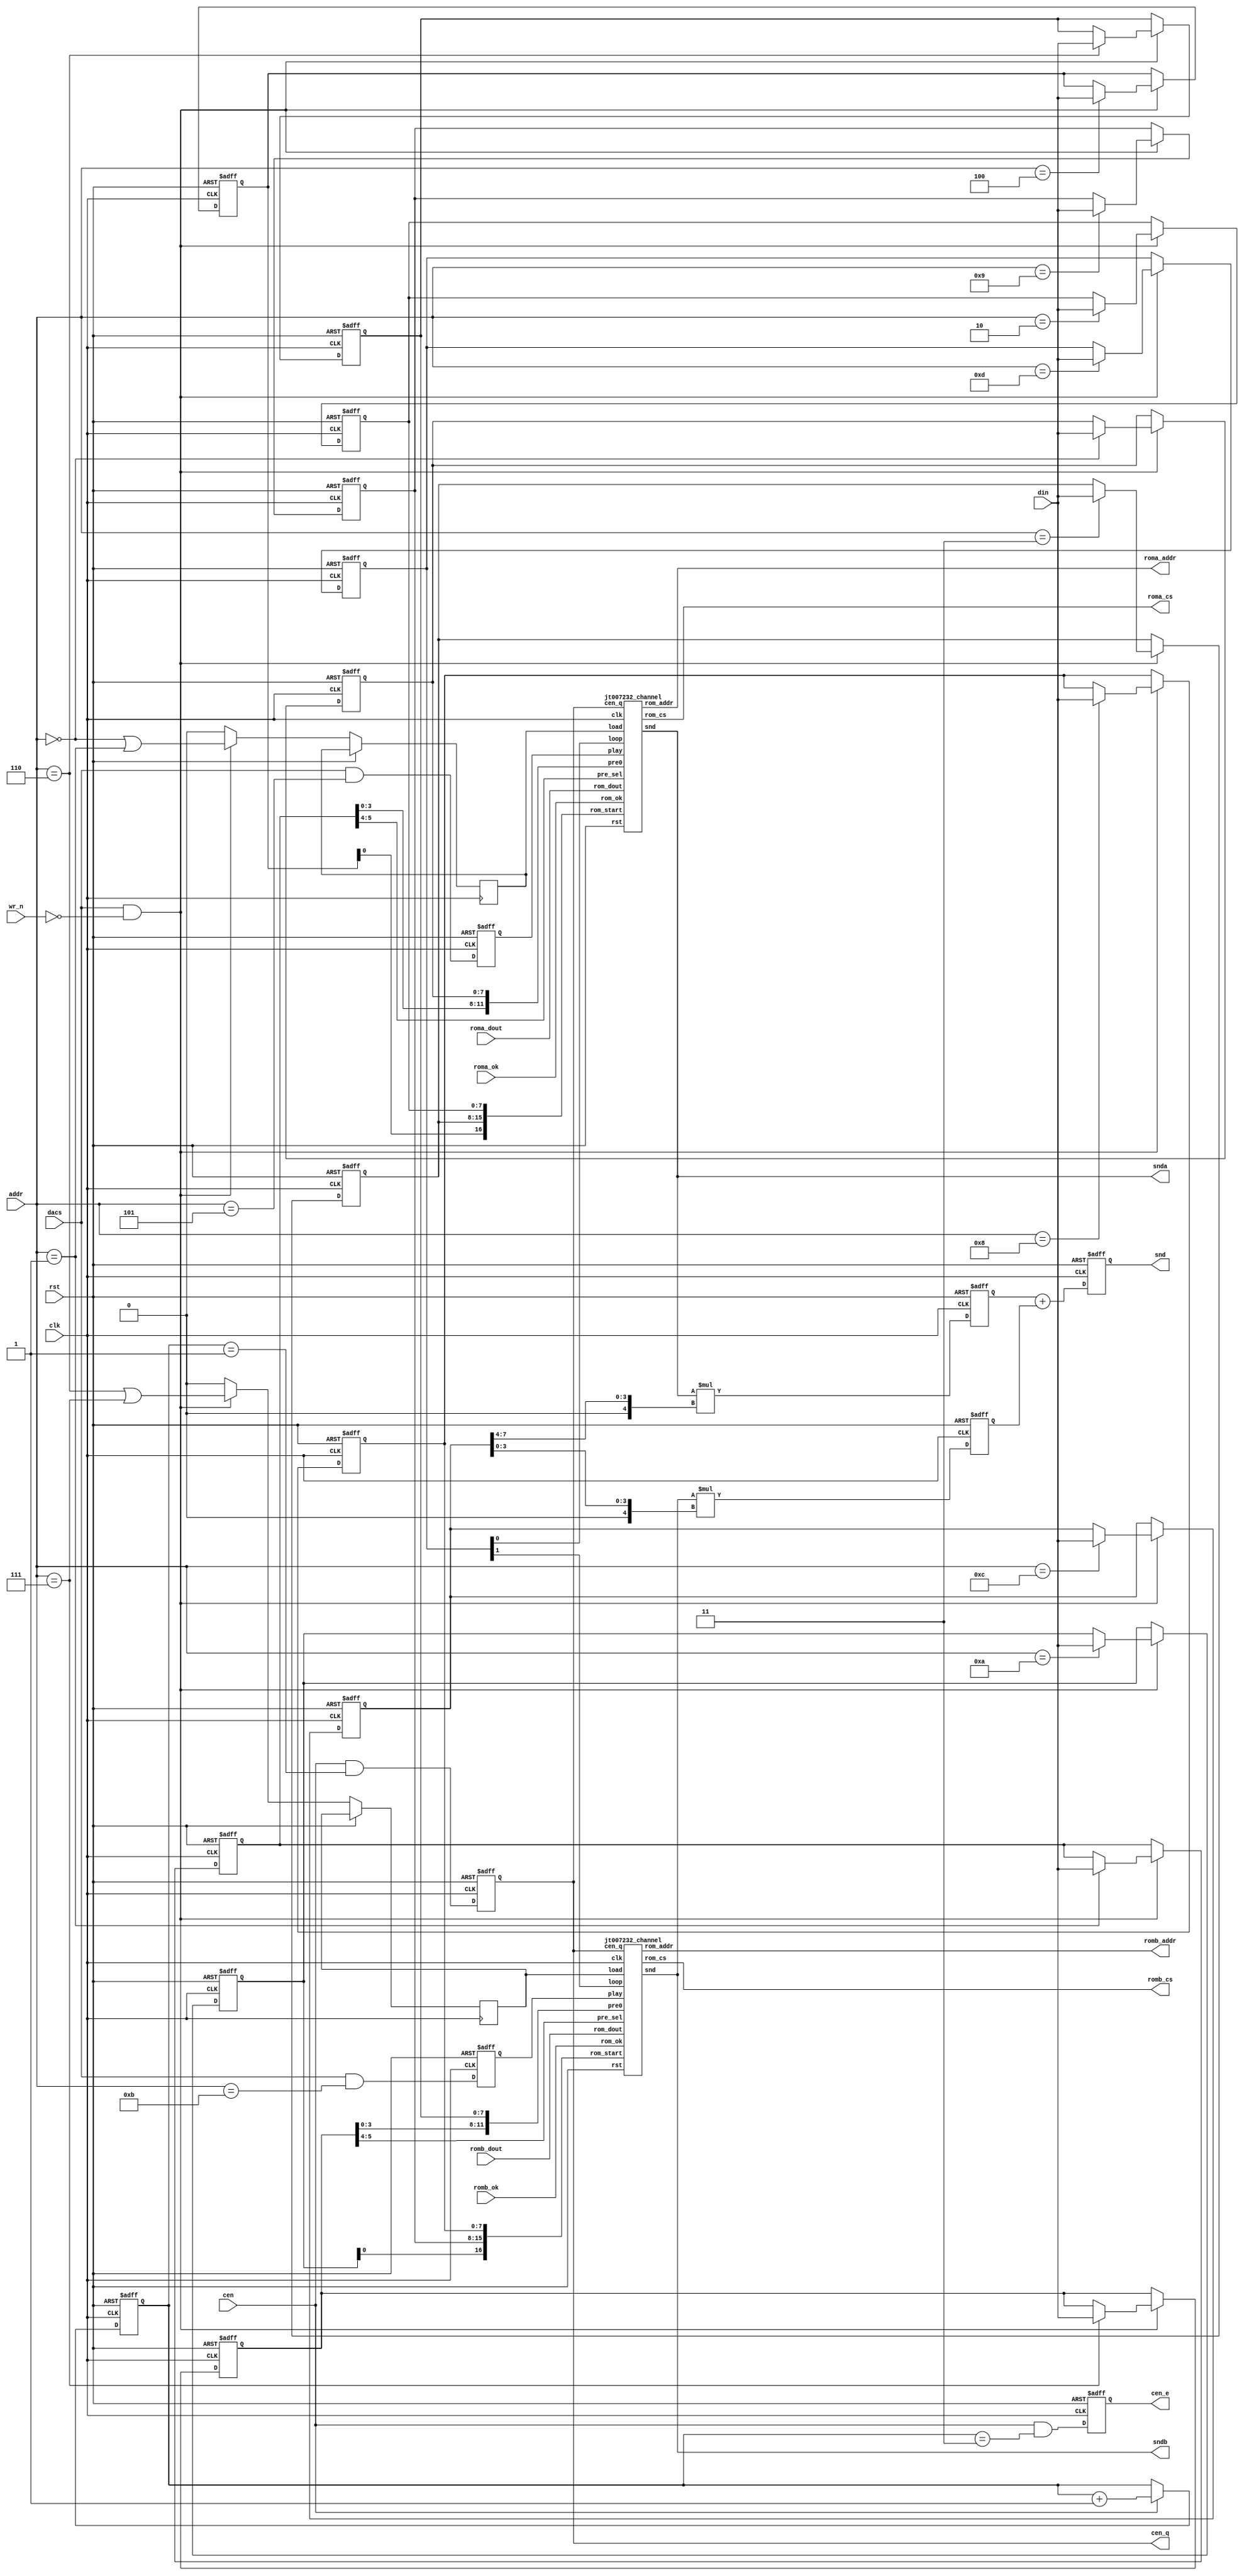
/*  This file is part of JTCORES.
    JTCORES program is free software: you can redistribute it and/or modify
    it under the terms of the GNU General Public License as published by
    the Free Software Foundation, either version 3 of the License, or
    (at your option) any later version.

    JTCORES program is distributed in the hope that it will be useful,
    but WITHOUT ANY WARRANTY; without even the implied warranty of
    MERCHANTABILITY or FITNESS FOR A PARTICULAR PURPOSE.  See the
    GNU General Public License for more details.

    You should have received a copy of the GNU General Public License
    along with JTCORES.  If not, see <http://www.gnu.org/licenses/>.

    Author: Jose Tejada Gomez. Twitter: @topapate
    Version: 1.0
    Date: 24-8-2021 */

// RAM-write operation is not implemented
// 2-channel PCM. The two channels connect to the same
// external ROM. The connections are separated for convenience
// in this implementation
module jt007232(
    input             rst,
    input             clk,
    input             cen,
    input      [ 3:0] addr,
    // RAM ports not implemented
    // input             nrcs,
    // input             nrd,
    input             dacs, // active high
    input             wr_n, // not a pin on the original
    input      [ 7:0] din,
    // output            cen_2m,// equivalent to ck2m pin -- not implemented
    output reg        cen_q, // equivalent to NE pin
    output reg        cen_e, // equivalent to NQ pin
    // output     [ 7:0] dout,

    // External memory - the original chip
    // only had one bus
    output     [16:0] roma_addr,
    input      [ 7:0] roma_dout,
    output            roma_cs,
    input             roma_ok,

    output     [16:0] romb_addr,
    input      [ 7:0] romb_dout,
    output            romb_cs,
    input             romb_ok,
    // sound output - raw
    output signed [ 7:0] snda,
    output signed [ 7:0] sndb,
    output reg signed [11:0] snd       // snd_a + snd, scaled by register 12
);

parameter REG12A=1, // location of CHA gain
          INVA0 =0; // invert A0? The real chip did, we don't by default

reg [7:0] mmr[0:13]; // Not all bits are used

// Channel A control
wire [11:0] cha_pres = { mmr[1][3:0], mmr[0] };
wire [16:0] cha_addr = { mmr[4][0], mmr[3], mmr[2] };
wire [ 1:0] cha_presel = mmr[1][5:4];
reg         cha_play, cha_load;
wire        cha_loop = mmr[13][0];
wire signed [4:0] cha_gain = {1'b0, REG12A ? mmr[12][7:4] : mmr[12][3:0] };

// Channel B control
wire [11:0] chb_pres = { mmr[7][3:0], mmr[6] };
wire [16:0] chb_addr = { mmr[10][0], mmr[9], mmr[8] };
wire [ 1:0] chb_presel = mmr[7][5:4];
reg         chb_play, chb_load;
wire        chb_loop = mmr[13][1];
wire signed [4:0] chb_gain = {1'b0, !REG12A ? mmr[12][7:4] : mmr[12][3:0] };

// assign cen_2m = 0;

wire [3:0] addrj = INVA0 ? (addr^4'b1) : addr; // addr LSB may be inverted

reg signed [11:0] cha_amp, chb_amp;

always @(posedge clk, posedge rst) begin
    if( rst ) begin
        snd     <= 0;
        cha_amp <= 0;
        chb_amp <= 0;
    end else begin
        cha_amp <= snda * cha_gain;
        chb_amp <= sndb * chb_gain;
        snd     <= cha_amp + chb_amp; // snda/b already had one filling bit
    end
end

always @(posedge clk, posedge rst) begin
    if( rst ) begin
        mmr[ 0] <= 0; mmr[ 1] <= 0; mmr[ 2] <= 0; mmr[ 3] <= 0;
        mmr[ 4] <= 0; mmr[ 5] <= 0; mmr[ 6] <= 0; mmr[ 7] <= 0;
        mmr[ 8] <= 0; mmr[ 9] <= 0; mmr[10] <= 0; mmr[11] <= 0;
        mmr[12] <= 0; mmr[13] <= 0;
        cha_play <= 0;
        chb_play <= 0;
    end else begin
        cha_load <= 0;
        chb_load <= 0;
        if( dacs && !wr_n ) begin
            mmr[ addrj ] <= din;
            cha_load <= addrj==0 || addrj==1;
            chb_load <= addrj==6 || addrj==7;
        end
        cha_play <= dacs && addrj==5;
        chb_play <= dacs && addrj==11;
    end
end

// E/Q clocks, these are M6809 clocks, E and Q operate at 1/4 of clk
// E is 90 ahead of Q
// Here, I only generate two clock enable signals in opposite phases
// RAM access is done originally when E is low
// Here, RAM access is done when E is high

reg [1:0] cen_cnt;

always @(posedge clk, posedge rst) begin
    if( rst ) begin
        cen_e   <= 0;
        cen_q   <= 0;
        cen_cnt <= 0;
    end else begin
        if(cen) cen_cnt <= cen_cnt+1'd1;
        cen_e    <= cen && cen_cnt==3;
        cen_q    <= cen && cen_cnt==1;
    end
end

// reg [7:0] div_cnt;
// reg       cen_div;
//
// always @(posedge clk, posedge rst) begin
//     if( rst ) begin
//         div_cnt <= 0;
//         cen_div <= 0;
//     end else begin
//         if( cen ) div_cnt <= div_cnt + 1'd1;
//         cen_div <= cen && (&div_cnt);
//     end
// end

// it looks like the clock isn't q/2 but q
// contrary to Furrtek's RE

jt007232_channel u_cha(
    .rst        ( rst       ),
    .clk        ( clk       ),
    .cen_q      ( cen_q     ),
    // control from MMR
    .rom_start  ( cha_addr  ),
    .pre0       ( cha_pres  ),
    .pre_sel    ( cha_presel),
    .loop       ( cha_loop  ),
    .play       ( cha_play  ),
    .load       ( cha_load  ),

    .rom_addr   ( roma_addr ),
    .rom_cs     ( roma_cs   ),
    .rom_ok     ( roma_ok   ),
    .rom_dout   ( roma_dout ),
    .snd        ( snda      )
);

jt007232_channel u_chb(
    .rst        ( rst       ),
    .clk        ( clk       ),
    .cen_q      ( cen_q     ),
    // control from MMR
    .rom_start  ( chb_addr  ),
    .pre0       ( chb_pres  ),
    .pre_sel    ( chb_presel),
    .loop       ( chb_loop  ),
    .play       ( chb_play  ),
    .load       ( chb_load  ),

    .rom_addr   ( romb_addr ),
    .rom_cs     ( romb_cs   ),
    .rom_ok     ( romb_ok   ),
    .rom_dout   ( romb_dout ),
    .snd        ( sndb      )
);


endmodule

// playback is delayed by one sample to ease the ROM interface
module jt007232_channel(
    input             rst,
    input             clk,
    input             cen_q,
    // control from MMR
    input      [16:0] rom_start,
    input      [11:0] pre0,
    input      [ 1:0] pre_sel,
    input             loop,
    input             play,
    input             load,

    output reg [16:0] rom_addr,
    output            rom_cs,
    input             rom_ok,
    input      [ 7:0] rom_dout,
    output reg signed [7:0] snd
);

parameter [7:0] OFFSET='h40;

reg  [11:0] cnt;
wire        over;
reg         busy, playl;

// counter length is set by an MMR
assign over = pre_sel[0] ? (&cnt[7:0]) : (pre_sel[1] ? (&cnt[11:8]) : (&cnt));
assign rom_cs = busy;

always @(posedge clk, posedge rst) begin
    if( rst ) begin
        cnt  <= 0;
        busy <= 0;
        snd  <= 0;
        rom_addr <= 0;
    end else begin
        playl <= play;
        if( cen_q ) begin
            if( over ) begin
                cnt <= pre0;
                if( busy ) begin
                    if( pre_sel[1] ) begin
                        rom_addr[ 3: 0] <= rom_addr[ 3: 0] + 1'd1;
                        rom_addr[ 7: 4] <= rom_addr[ 7: 4] + 1'd1;
                        rom_addr[11: 8] <= rom_addr[11: 8] + 1'd1;
                        rom_addr[16:12] <= rom_addr[16:12] + 1'd1;
                    end else begin
                        rom_addr <= rom_addr + 1'd1;
                    end
                    snd <= {1'b0, rom_dout[6:0]}-OFFSET;
                    if( rom_dout[7] ) begin
                        if( loop )
                            rom_addr <= rom_start;
                        else
                            busy <= 0;
                    end
                end
            end else begin
                if( pre_sel[1] ) begin
                    cnt[ 7:0] <= cnt[ 7:0]+1'd1;
                    cnt[11:8] <= cnt[11:8]+1'd1;
                end else begin
                    cnt <= cnt + 1'd1;
                end
            end
        end
        if( play && !playl ) begin
            busy <= 1;
            rom_addr <= rom_start;
        end
        if( load ) begin
            cnt <= pre0;
        end
        if(!busy) snd <= 0;
    end
end


endmodule